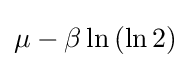
\mu -\beta \ln \left(\ln 2\right)